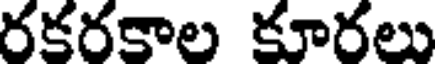
రకరకాల కూరలు